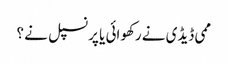
ممی ڈیڈی نے رکھوائی یا پرنسپل نے ؟